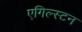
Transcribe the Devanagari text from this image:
एगिल्स्टन